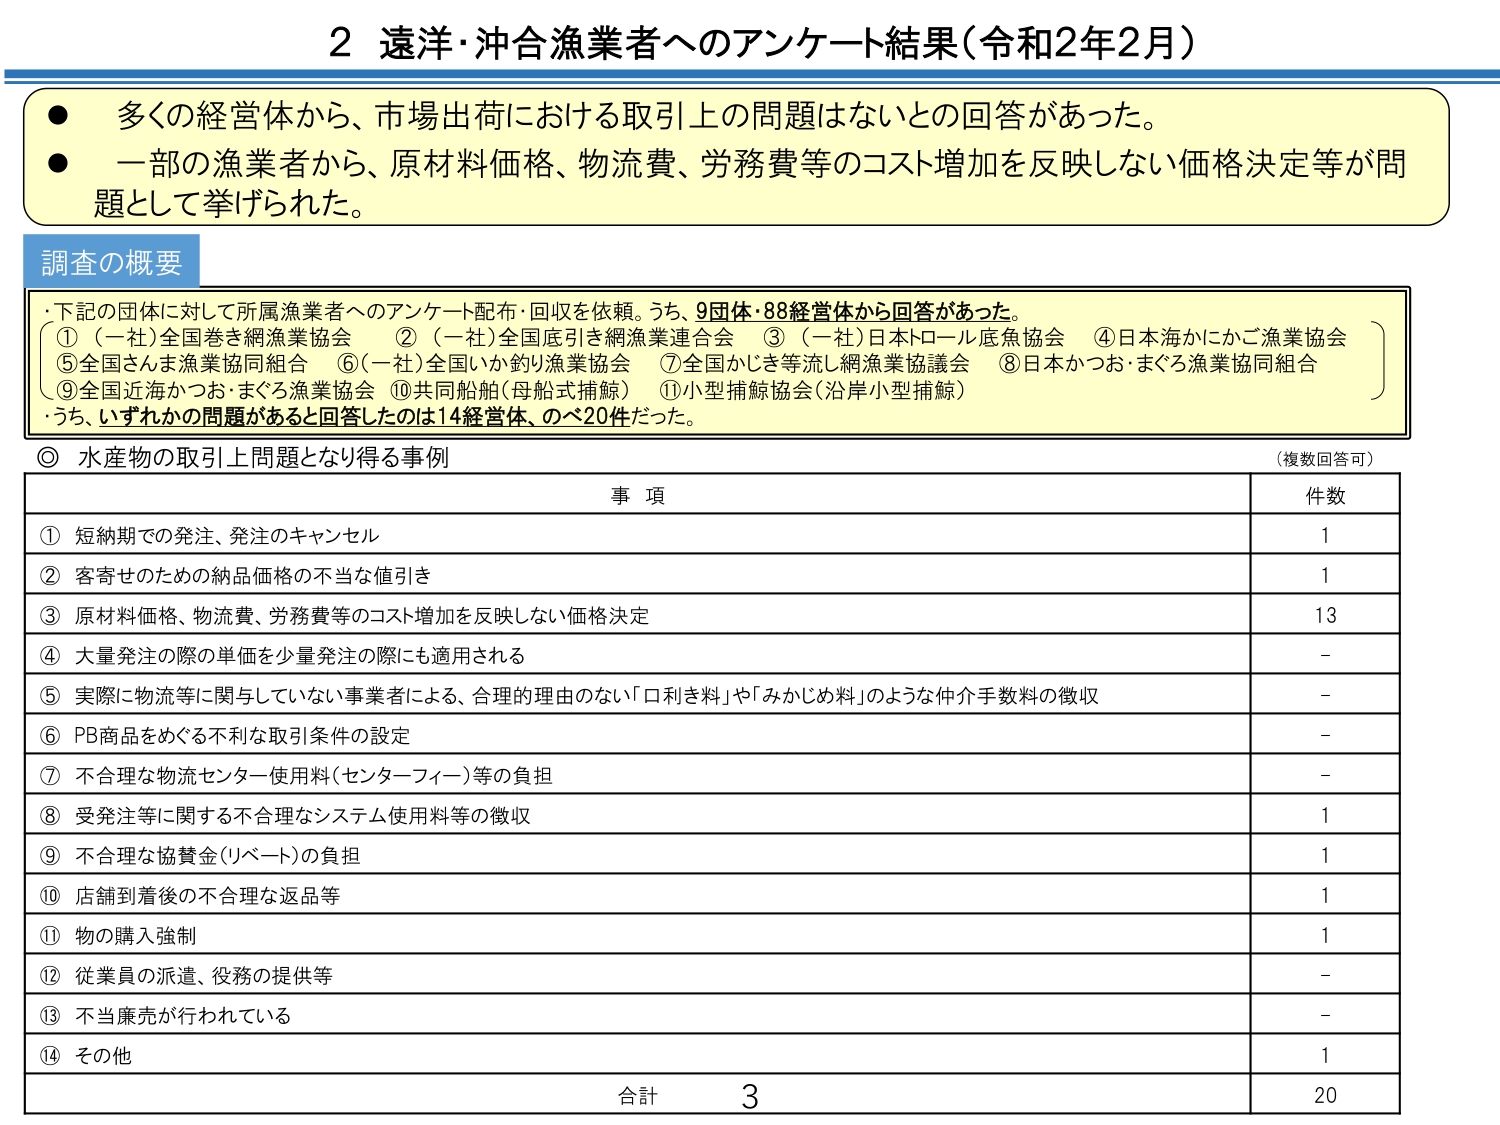
2 遠洋・沖合漁業者へのアンケート結果（令和2年2月）

● 多くの経営体から、市場出荷における取引上の問題はないとの回答があった。
● 一部の漁業者から、原材料価格、物流費、労務費等のコスト増加を反映しない価格決定等が問題として挙げられた。

調査の概要
・下記の団体に対して所属漁業者へのアンケート配布・回収を依頼。うち、9団体・88経営体から回答があった。
　①（一社）全国巻き網漁業協会　②（一社）全国底引き網漁業連合会　③（一社）日本トロール底魚協会　④日本海かにかご漁業協会
　⑤全国さんま漁業協同組合　⑥（一社）全国いか釣り漁業協会　⑦全国かじき等流し網漁業協議会　⑧日本かつお・まぐろ漁業協同組合
　⑨全国近海かつお・まぐろ漁業協会　⑩共同船舶（母船式捕鯨）　⑪小型捕鯨協会（沿岸小型捕鯨）
・うち、いずれかの問題があると回答したのは14経営体、のべ20件だった。

◎ 水産物の取引上問題となり得る事例　（複数回答可）